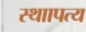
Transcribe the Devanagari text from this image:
स्थाापत्य